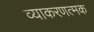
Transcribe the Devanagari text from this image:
व्याकरणत्मक